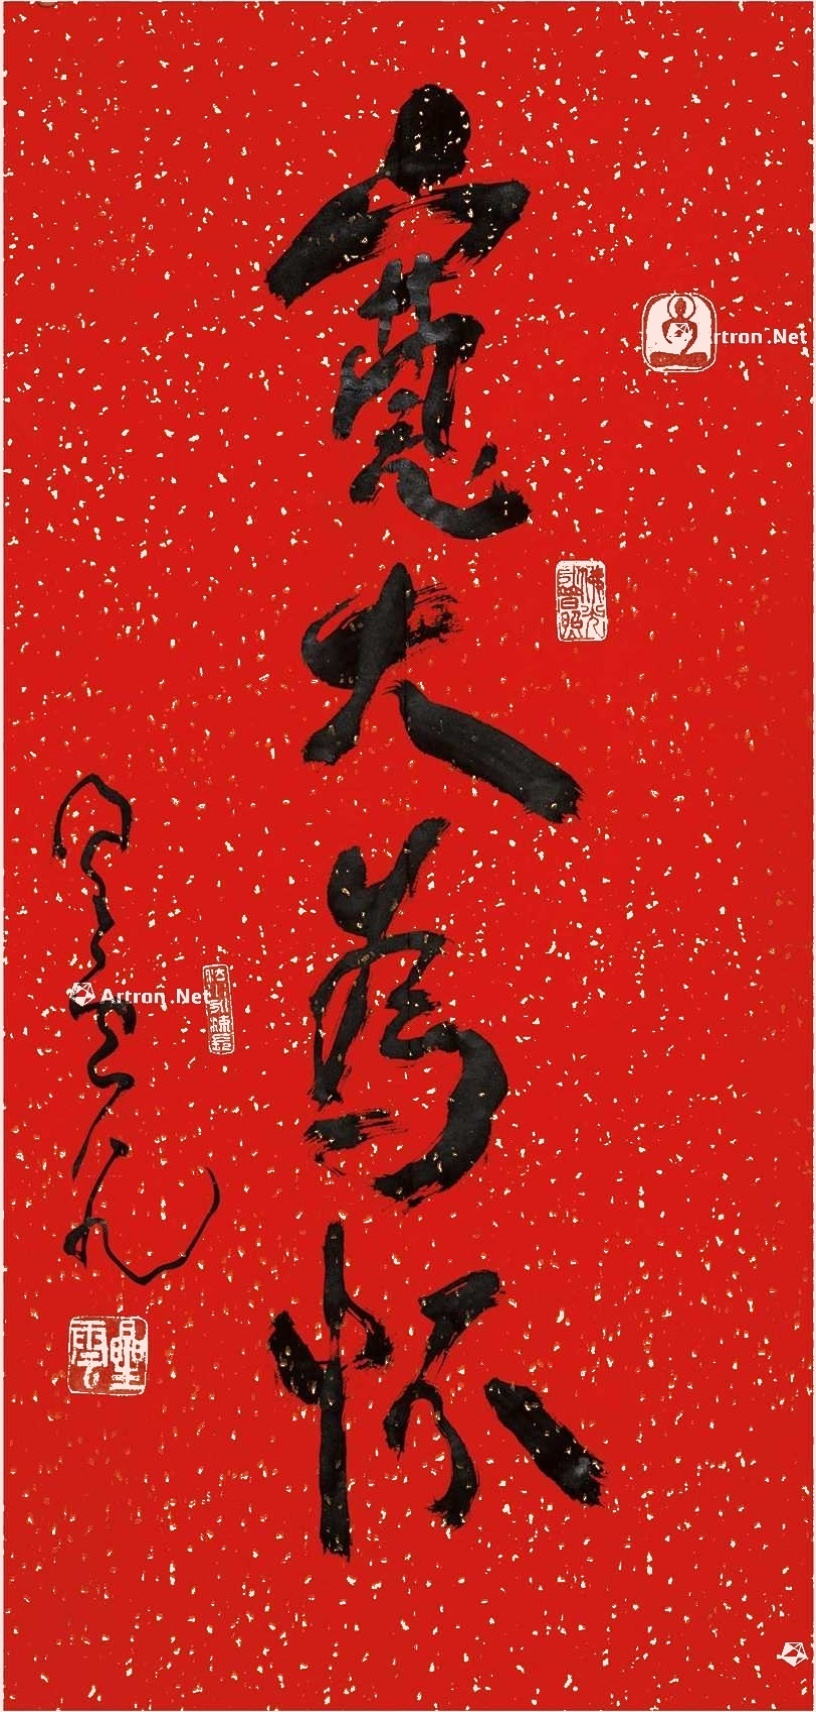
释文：宽大为怀